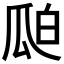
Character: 𮴻